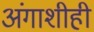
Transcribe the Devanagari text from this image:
अंगाशीही